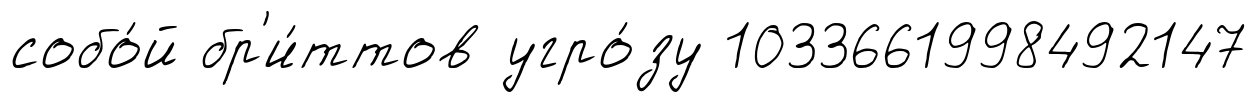
собо́й бр'и́ттов угро́зу 1033661998492147